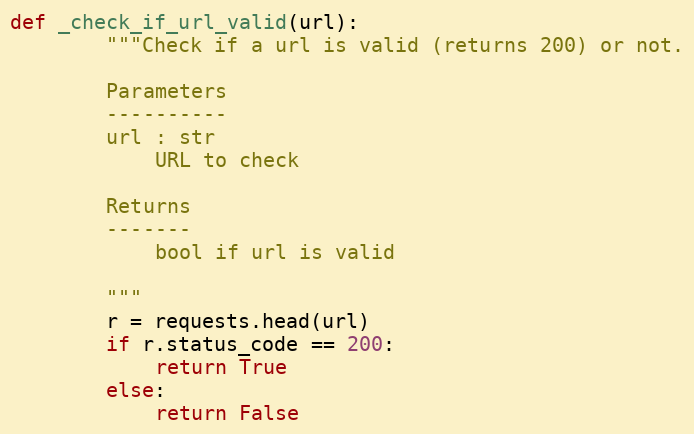
Language: Python
def _check_if_url_valid(url):
        """Check if a url is valid (returns 200) or not.

        Parameters
        ----------
        url : str
            URL to check

        Returns
        -------
            bool if url is valid

        """
        r = requests.head(url)
        if r.status_code == 200:
            return True
        else:
            return False